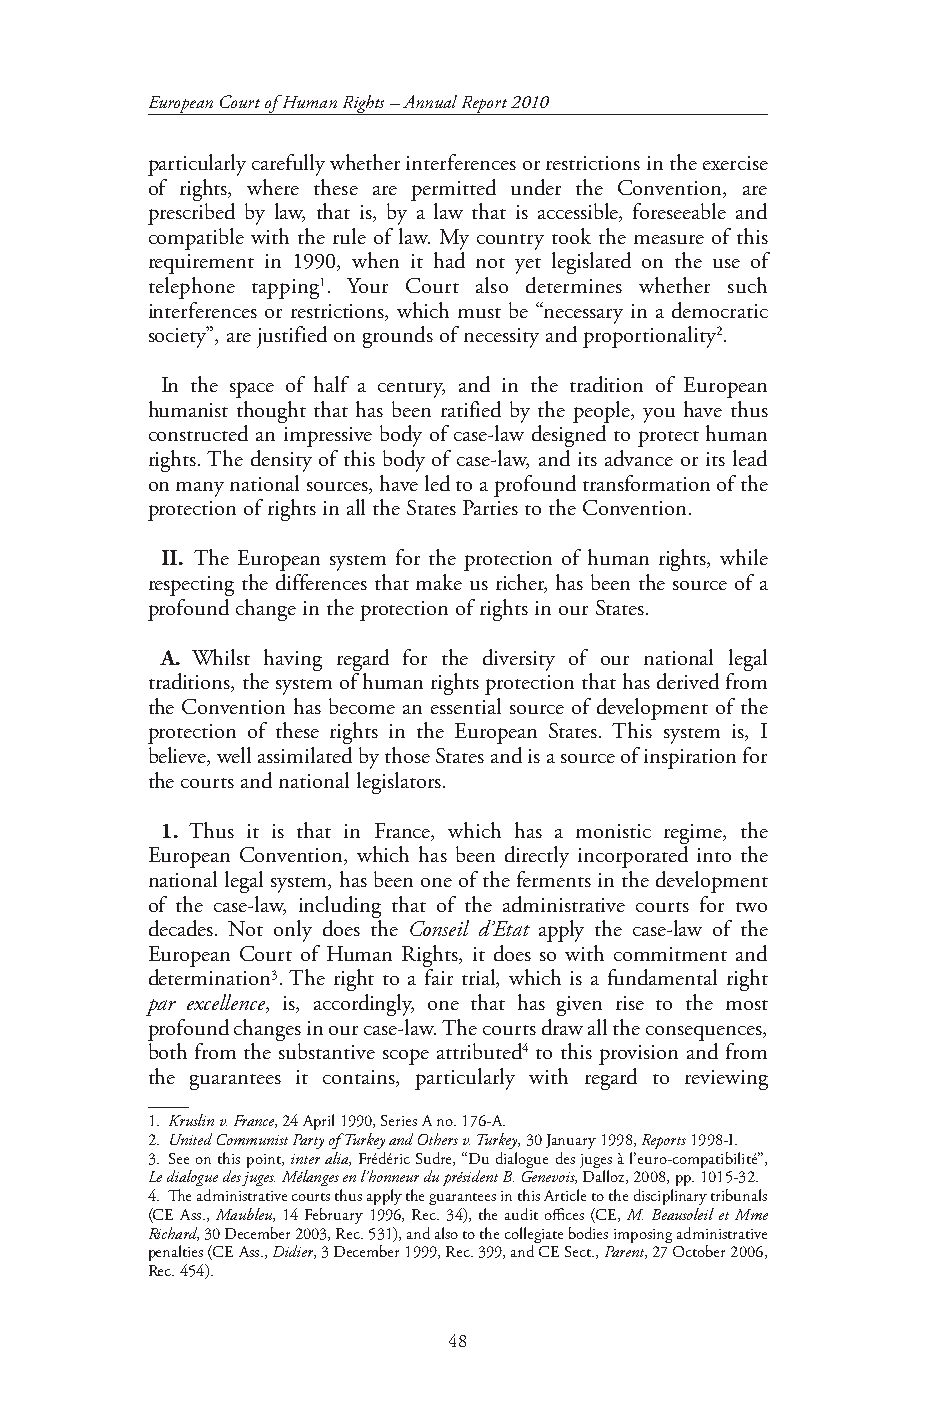
European Court of Human Rights – Annual Report 2010
 particularly carefully whether interferences or restrictions in the exercise
 of rights, where these are permitted under the Convention, are
 prescribed by law, that is, by a law that is accessible, foreseeable and
 compatible with the rule of law. My country took the measure of this
 requirement in 1990, when it had not yet legislated on the use of
 telephone tapping1. Your Court also determines whether such
 interferences or restrictions, which must be “necessary in a democratic
 society”, are justified on grounds of necessity and proportionality2.
 In the space of half a century, and in the tradition of European
 humanist thought that has been ratified by the people, you have thus
 constructed an impressive body of case-law designed to protect human
 rights. The density of this body of case-law, and its advance or its lead
 on many national sources, have led to a profound transformation of the
 protection of rights in all the States Parties to the Convention.
 II. The European system for the protection of human rights, while
 respecting the differences that make us richer, has been the source of a
 profound change in the protection of rights in our States.
 A. Whilst having regard for the diversity of our national legal
 traditions, the system of human rights protection that has derived from
 the Convention has become an essential source of development of the
 protection of these rights in the European States. This system is, I
 believe, well assimilated by those States and is a source of inspiration for
 the courts and national legislators.
 1. Thus it is that in France, which has a monistic regime, the
 European Convention, which has been directly incorporated into the
 national legal system, has been one of the ferments in the development
 of the case-law, including that of the administrative courts for two
 decades. Not only does the Conseil d’Etat apply the case-law of the
 European Court of Human Rights, it does so with commitment and
 determination3. The right to a fair trial, which is a fundamental right
 par excellence, is, accordingly, one that has given rise to the most
 profound changes in our case-law. The courts draw all the consequences,
 both from the substantive scope attributed4 to this provision and from
 the guarantees it contains, particularly with regard to reviewing
 1. Kruslin v. France, 24 April 1990, Series A no. 176-A.
 2. United Communist Party of Turkey and Others v. Turkey, 30 January 1998, Reports 1998-I.
 3. See on this point, inter alia, Frédéric Sudre, “Du dialogue des juges à l’euro-compatibilité”,
 Le dialogue des juges. Mélanges en l’honneur du président B. Genevois, Dalloz, 2008, pp. 1015-32.
 4. The administrative courts thus apply the guarantees in this Article to the disciplinary tribunals
 (CE Ass., Maubleu, 14 February 1996, Rec. 34), the audit offices (CE, M. Beausoleil et Mme
 Richard, 30 December 2003, Rec. 531), and also to the collegiate bodies imposing administrative
 penalties (CE Ass., Didier, 3 December 1999, Rec. 399, and CE Sect., Parent, 27 October 2006,
 Rec. 454).
 48